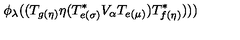
\phi _ { \lambda } ( ( T _ { g ( \eta ) } \eta ( T _ { e ( \sigma ) } ^ { * } V _ { \alpha } T _ { e ( \mu ) } ) T _ { f ( \eta ) } ^ { * } ) ) )